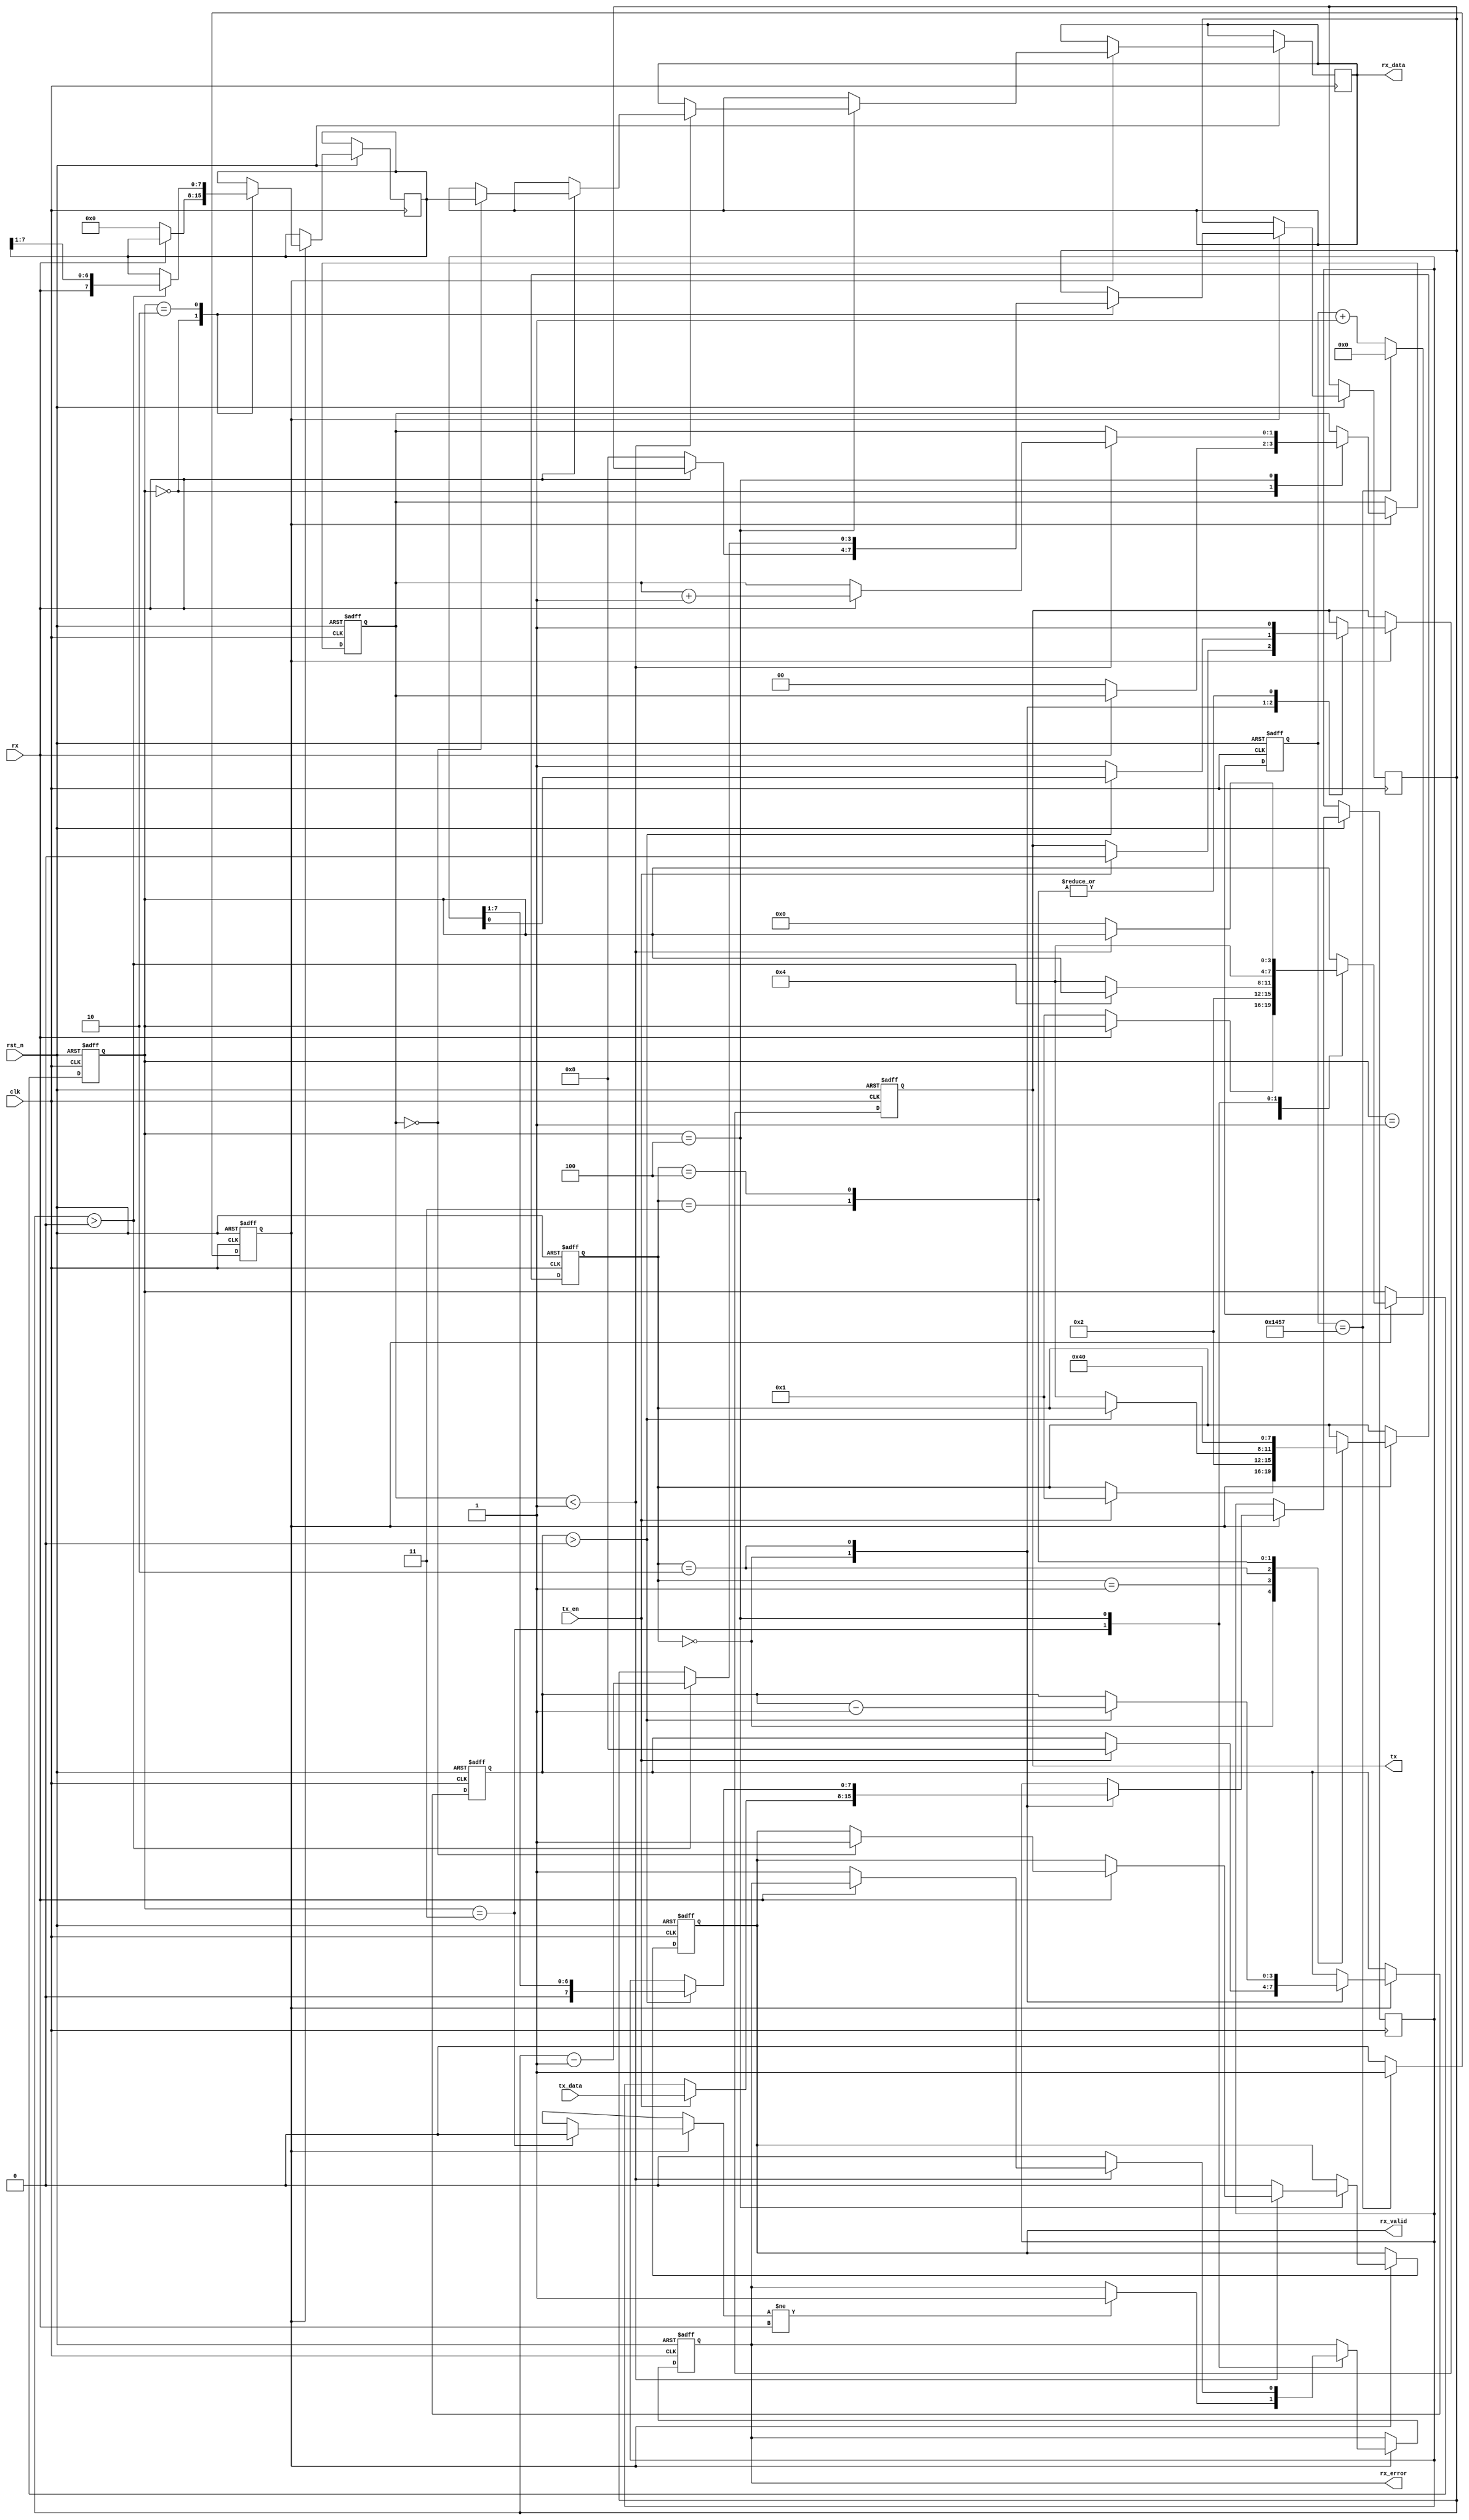
module parameterized_uart #(
    parameter BAUD_RATE = 9600,
    parameter DATA_BITS = 8,
    parameter STOP_BITS = 1,
    parameter PARITY = "NONE", // "NONE", "EVEN", "ODD"
    parameter CLOCK_FREQ = 50000000 // System clock frequency
)(
    input wire clk,              // System clock
    input wire rst_n,            // Active low reset
    input wire tx_en,            // Transmit enable
    input wire [DATA_BITS-1:0] tx_data, // Data to transmit
    output reg tx,               // Serial transmit output
    input wire rx,               // Serial receive input
    output reg [DATA_BITS-1:0] rx_data, // Received data
    output reg rx_valid,         // Data valid flag
    output reg rx_error          // Error flag
);

    // Baud rate generation
    localparam CLOCK_DIV = CLOCK_FREQ / BAUD_RATE;
    reg [15:0] baud_counter;
    reg baud_tick;

    always @(posedge clk or negedge rst_n) begin
        if (!rst_n) begin
            baud_counter <= 0;
            baud_tick <= 0;
        end else begin
            if (baud_counter == CLOCK_DIV - 1) begin
                baud_counter <= 0;
                baud_tick <= 1;
            end else begin
                baud_counter <= baud_counter + 1;
                baud_tick <= 0;
            end
        end
    end

    // Transmitter
    reg [3:0] tx_state;
    reg [DATA_BITS-1:0] tx_shift;
    reg [3:0] tx_bit_count;
    
    localparam TX_IDLE = 0, TX_START = 1, TX_DATA = 2, TX_PARITY = 3, TX_STOP = 4;

    always @(posedge clk or negedge rst_n) begin
        if (!rst_n) begin
            tx <= 1; // Idle state
            tx_state <= TX_IDLE;
            tx_bit_count <= 0;
        end else if (baud_tick) begin
            case (tx_state)
                TX_IDLE: begin
                    if (tx_en) begin
                        tx_shift <= tx_data;
                        tx_bit_count <= DATA_BITS;
                        tx <= 0; // Start bit
                        tx_state <= TX_START;
                    end
                end
                TX_START: begin
                    tx_state <= TX_DATA;
                end
                TX_DATA: begin
                    if (tx_bit_count > 0) begin
                        tx <= tx_shift[0]; // Shift out the next bit
                        tx_shift <= {1'b0, tx_shift[DATA_BITS-1:1]};
                        tx_bit_count <= tx_bit_count - 1;
                    end else if (PARITY != "NONE") begin
                        tx <= calculate_parity(tx_data);
                        tx_state <= TX_PARITY;
                    end else begin
                        tx <= 1; // Stop bit
                        tx_state <= TX_STOP;
                    end
                end
                TX_PARITY: begin
                    tx <= 1; // Stop bit
                    tx_state <= TX_STOP;
                end
                TX_STOP: begin
                    tx <= 1; // Idle state
                    tx_state <= TX_IDLE;
                end
            endcase
        end
    end

    // Receiver
    reg [3:0] rx_state;
    reg [DATA_BITS-1:0] rx_shift;
    reg [3:0] rx_bit_count;
    reg [1:0] stop_bit_count;

    localparam RX_IDLE = 0, RX_START = 1, RX_DATA = 2, RX_PARITY = 3, RX_STOP = 4;

    always @(posedge clk or negedge rst_n) begin
        if (!rst_n) begin
            rx_state <= RX_IDLE;
            rx_valid <= 0;
            rx_error <= 0;
            stop_bit_count <= 0;
        end else if (baud_tick) begin
            case (rx_state)
                RX_IDLE: begin
                    if (!rx) begin // Start bit detected
                        rx_state <= RX_START;
                        rx_bit_count <= DATA_BITS;
                        rx_shift <= 0;
                        stop_bit_count <= 0;
                    end
                end
                RX_START: begin
                    rx_state <= RX_DATA;
                end
                RX_DATA: begin
                    if (rx_bit_count > 0) begin
                        rx_shift <= {rx, rx_shift[DATA_BITS-1:1]};
                        rx_bit_count <= rx_bit_count - 1;
                    end else if (PARITY != "NONE") begin
                        rx_state <= RX_PARITY;
                    end else begin
                        rx_state <= RX_STOP;
                    end
                end
                RX_PARITY: begin
                    // Check parity
                    if (check_parity(rx_shift) != rx) begin
                        rx_error <= 1; // Parity error
                    end
                    rx_state <= RX_STOP;
                end
                RX_STOP: begin
                    if (stop_bit_count < STOP_BITS) begin
                        if (rx) begin // Stop bit detected
                            stop_bit_count <= stop_bit_count + 1;
                            if (stop_bit_count == STOP_BITS - 1) begin
                                rx_data <= rx_shift;
                                rx_valid <= 1; // Data valid
                            end
                        end else begin
                            rx_error <= 1; // Framing error
                        end
                    end else begin
                        rx_state <= RX_IDLE;
                        rx_valid <= 0; // Clear data valid flag
                        rx_error <= 0; // Clear error flag
                    end
                end
            endcase
        end
    end

    // Parity calculation
    function [0:0] calculate_parity(input [DATA_BITS-1:0] data);
        integer i;
        begin
            calculate_parity = 0;
            for (i = 0; i < DATA_BITS; i = i + 1) begin
                calculate_parity = calculate_parity ^ data[i];
            end
            if (PARITY == "EVEN") begin
                calculate_parity = ~calculate_parity;
            end else if (PARITY == "ODD") begin
                // No change needed, as calculate_parity is already odd
            end else begin
                calculate_parity = 0; // No parity
            end
        end
    endfunction

    // Parity check
    function [0:0] check_parity(input [DATA_BITS-1:0] data);
        integer i;
        begin
            check_parity = 0;
            for (i = 0; i < DATA_BITS; i = i + 1) begin
                check_parity = check_parity ^ data[i];
            end
            if (PARITY == "EVEN") begin
                check_parity = ~check_parity;
            end else if (PARITY == "ODD") begin
                // No change needed
            end else begin
                check_parity = 0; // No parity
            end
        end
    endfunction

endmodule